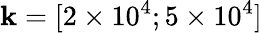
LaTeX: \mathbf{k}=[2\times10^{4};5\times10^{4}]